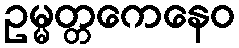
ဥမ္မတ္တကေနေဝ